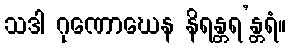
သဒါ ဂုဏောဃေန နိရန္တရ’န္တရံ။